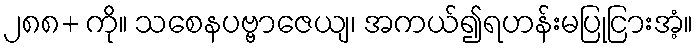
၂၈၈+ ကို။ သစေနပဗ္ဗာဇေယျ၊ အကယ်၍ရဟန်းမပြုငြားအံ့။